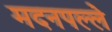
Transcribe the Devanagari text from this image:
मदनपल्ले